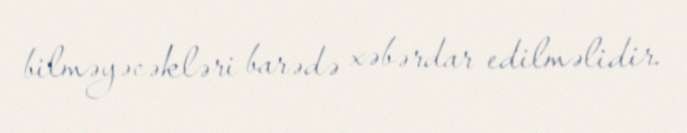
bilməyəcəkləri barədə xəbərdar edilməlidir.